Civil Veterinary Dept. North-West Frontier Province 1923-32 - 1923-1932
Year: 1923
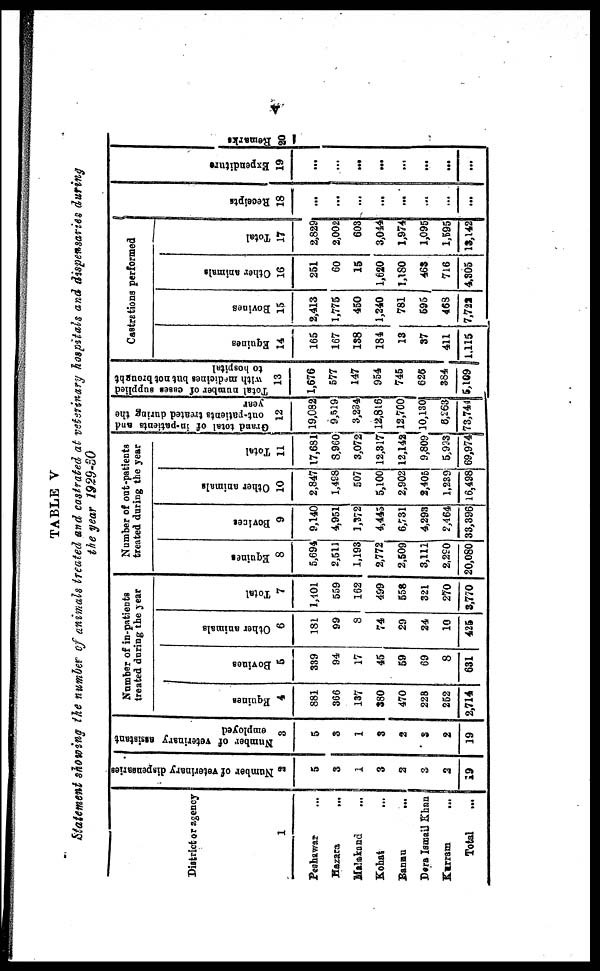
v
TABLE V
Statement showing the number of animals treated and castrated at veterinary hospitals and dispensaries during
the year 1929-80
District or agency
1
Peshawar ...
Hazara
...
Malakand ...
Kohat ...
Bannu
...
Dera Ismail Khan
Kurram ...
Total …
Number of veterinary dispensaries
2
5
3
1
3
2
3
2
19
Number of veterinary assistant
employed
3
5
3
1
3
2
3
2
19
Number of in-patients
treated during the year
Equines
4
881
366
137
380
470
228
252
2,714
Bovines
5
339
94
17
45
59
69
8
631
Other animals
6
181
99
8
74
29
24
10
425
Total
7
1,101
559
162
499
558
321
270
3,770
Number of out-patients
treated during the year
Equines
8
5,694
2,511
1,193
2,772
2,509
3,111
2,290
20,080
Bovines
9
9,140
4,951
1,372
4,445
6,731
4,293
2,464
33,396
Other animals
10
2,847
1,498
507
5,100
2,902
2,405
1,239
16,498
Total
11
17,681
8,960
3,072
12,317
12,142
9,809
5,993
69,974
Grand total of in-patients and
out-patients treated during the
year
12
19,082
9,519
3,234
12,816
12,700
10,130
8,263
73,744
Total number of cases supplied
with medicines but not brought
to hospital
13
1,676
577
147
954
745
626
384
5,109
Castrations performed
Equines
14
165
167
138
184
13
37
411
1.115
Bovines
15
2,413
1,775
450
1,240
781
595
463
7,722
Other animals
16
251
60
15
1,620
1,180
463
716
4.305
Total
17
2,829
2,002
603
3,044
1,974
1,095
1,595
13,142
Recei pt s
18
...
...
...
...
...
…
...
...
Expenditure
19
...
...
...
...
...
...
...
...
Re ma r
ks
20